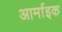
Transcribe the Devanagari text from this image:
आर्माइक